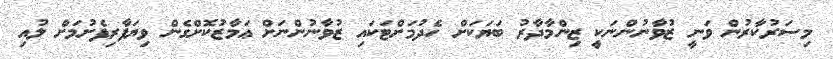
މިސަރުކާރުން ވަނީ ޒުވާނުންނަކީ ޒިންމާދާރު ބަޔަކަށް ހެދުމަށްޓަކައި ޒުވާނުންނަށް ޢަމާޒުކޮށްގެން ވިޔަފާރިފެށުމަށް ލުއި